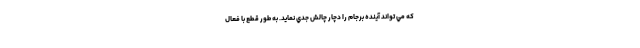
كه مي تواند آينده برجام را دچار چالش جدي نمايد. به طور قطع با فعال